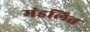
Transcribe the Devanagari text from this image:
मंडलित